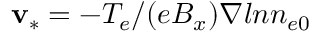
{ \bf v } _ { * } = - T _ { e } / ( e B _ { x } ) \nabla l n n _ { e 0 }